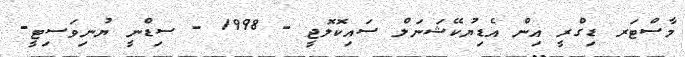
މާސްޓަރ ޑިގްރީ އިން އެޑިޔުކޭޝަނަލް ސައިކޮލޮޖީ - 1998 - ސިޑްނީ ޔުނިވަސިޓީ-